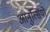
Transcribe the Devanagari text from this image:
आनुंत्सियों